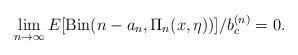
LaTeX: \begin{align*}\lim_{n\to\infty}E[\mathrm{Bin}(n-a_n,\Pi_n(x,\eta))]/b_c^{(n)}=0.\end{align*}